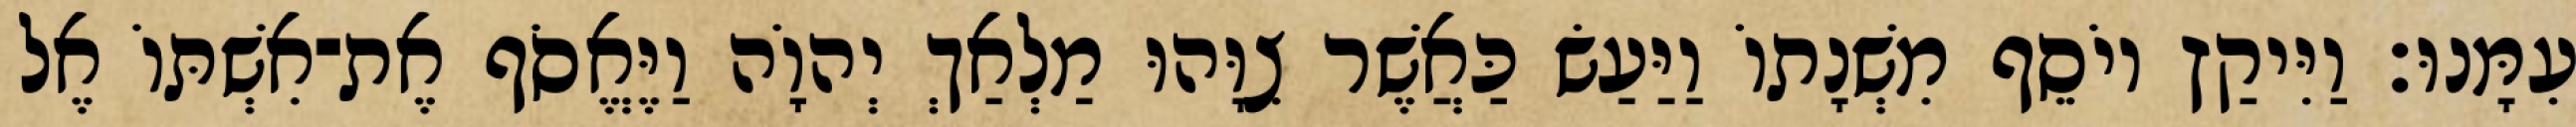
עִמָּנוּ׃ וַיִּיקַץ יוֹסֵף מִשְׁנָתוֹ וַיַּעַשׂ כַּאֲשֶׁר צִוָּהוּ מַלְאַךְ יְהוָֹה וַיֶּאֱסֹף אֶת־אִשְׁתּוֹ אֶל